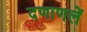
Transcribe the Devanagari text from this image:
दणाणलें